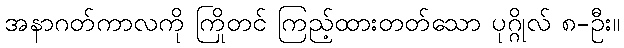
အနာဂတ်ကာလကို ကြိုတင် ကြည့်ထားတတ်သော ပုဂ္ဂိုလ် ၈-ဦး။